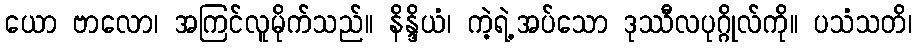
ယော ဗာလော၊ အကြင်လူမိုက်သည်။ နိန္ဒိယံ၊ ကဲ့ရဲ့အပ်သော ဒုဿီလပုဂ္ဂိုလ်ကို။ ပသံသတိ၊